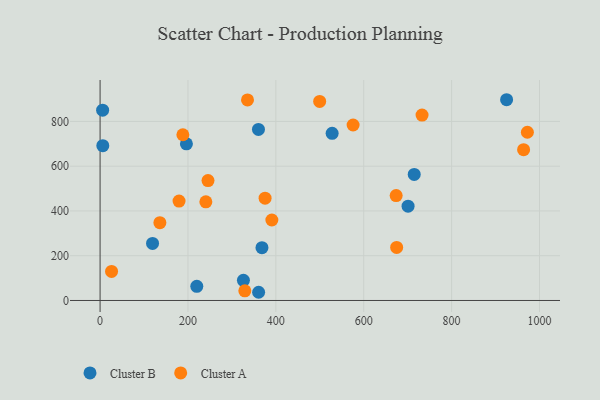
{"axis": {"x": "Experience", "y": "Yield"}, "legend": ["Cluster A", "Cluster B"], "data": [{"x": "220.1", "y": 63.3, "type": "Cluster B"}, {"x": "5.8", "y": 850.2, "type": "Cluster B"}, {"x": "925.1", "y": 897.0, "type": "Cluster B"}, {"x": "368.4", "y": 235.8, "type": "Cluster B"}, {"x": "714.9", "y": 563.4, "type": "Cluster B"}, {"x": "6.2", "y": 691.6, "type": "Cluster B"}, {"x": "360.4", "y": 764.3, "type": "Cluster B"}, {"x": "326.2", "y": 90.0, "type": "Cluster B"}, {"x": "119.4", "y": 255.1, "type": "Cluster B"}, {"x": "528.1", "y": 746.9, "type": "Cluster B"}, {"x": "196.5", "y": 700.1, "type": "Cluster B"}, {"x": "700.9", "y": 421.4, "type": "Cluster B"}, {"x": "360.8", "y": 36.6, "type": "Cluster B"}, {"x": "674.9", "y": 237.1, "type": "Cluster A"}, {"x": "499.7", "y": 889.2, "type": "Cluster A"}, {"x": "136.1", "y": 347.8, "type": "Cluster A"}, {"x": "179.7", "y": 443.9, "type": "Cluster A"}, {"x": "188.4", "y": 740.5, "type": "Cluster A"}, {"x": "575.8", "y": 784.1, "type": "Cluster A"}, {"x": "375.5", "y": 457.0, "type": "Cluster A"}, {"x": "335.5", "y": 896.2, "type": "Cluster A"}, {"x": "329.4", "y": 43.3, "type": "Cluster A"}, {"x": "240.7", "y": 440.6, "type": "Cluster A"}, {"x": "390.9", "y": 359.6, "type": "Cluster A"}, {"x": "245.6", "y": 535.7, "type": "Cluster A"}, {"x": "963.8", "y": 673.9, "type": "Cluster A"}, {"x": "972.4", "y": 751.6, "type": "Cluster A"}, {"x": "673.8", "y": 468.6, "type": "Cluster A"}, {"x": "26.1", "y": 129.9, "type": "Cluster A"}, {"x": "732.7", "y": 828.2, "type": "Cluster A"}]}